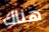
هناك